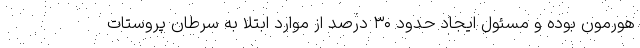
هورمون بوده و مسئول ایجاد حدود ۳۰ درصد از موارد ابتلا به سرطان پروستات